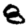
Digit: 8